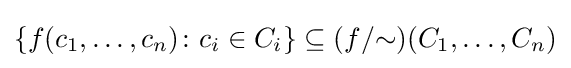
\{f(c_{1},\dots ,c_{n})\colon c_{i}\in C_{i}\}\subseteq (f/{\sim })(C_{1},\dots ,C_{n})